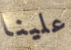
علينا